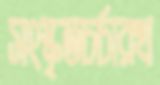
সংস্কৃতচর্চারখ